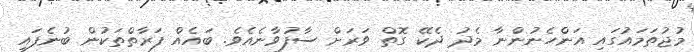
މުޖުތަމައުގައި އަންހެނުންނާ މެދު ދެކޭ ގޮތް ވަރަށް ސާފުވާނެއެވެ. ބައެއް ފަރާތްތަކުން ބުނެފައި